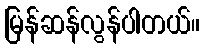
မြန်ဆန်လွန်ပါတယ်။